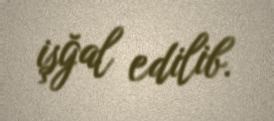
işğal edilib.